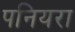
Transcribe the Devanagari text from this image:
पनियरा